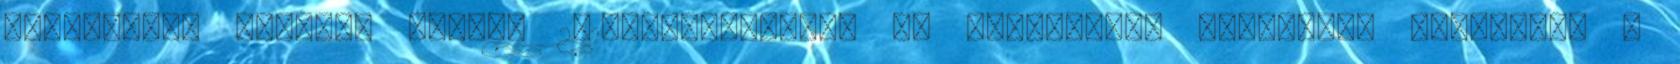
kattintson nagyobb képért 251-felhasználók az UpdateStar NetSetMan telepítve a